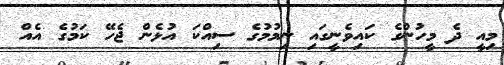
މިއީ ދެ މީހުންގެ ކައިވެނީގައި ނިމުމުގެ ސިއްކަ އުޅެން ޖެހޭ ކަމުގެ އެއް